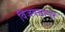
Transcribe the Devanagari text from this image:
विजयसागर